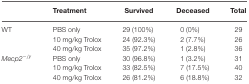
|  | Treatment | Survived | Deceased | Total |
 | --- | --- | --- | --- | --- |
 | WT | PBS only | 29 (100%) | 0 (0%) | 29 |
 |  | 10 mg/kg Trolox | 24 (92.3%) | 2 (7.7%) | 26 |
 |  | 40 mg/kg Trolox | 35 (97.2%) | 1 (2.8%) | 36 |
 | Mecp2−/y | PBS only | 30 (96.8%) | 1 (3.2%) | 31 |
 |  | 10 mg/kg Trolox | 33 (82.5%) | 7 (17.5%) | 40 |
 |  | 40 mg/kg Trolox | 26 (81.2%) | 6 (18.8%) | 32 |